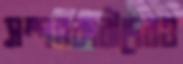
সম্পন্নকারীদেরও